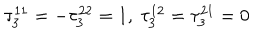
\tau _ { 3 } ^ { 1 1 } = - \tau _ { 3 } ^ { 2 2 } = 1 , \ \tau _ { 3 } ^ { 1 2 } = \tau _ { 3 } ^ { 2 1 } = 0